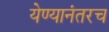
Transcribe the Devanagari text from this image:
येण्यानंतरच